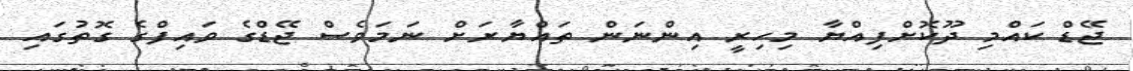
ޖޭޑް ކައްމި ދޫކޮށްފިއްޔާ މިހިރީ އިންނަން ތައްޔާރަށް ނަމަވެސް ޖޭޑްގެ ވައިފްގެ ގޮތުގައި